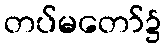
တပ်မတော်၌